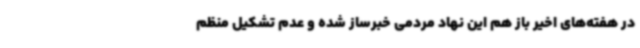
در هفته‌های اخیر باز هم این نهاد مردمی خبرساز شده و عدم تشکیل منظم